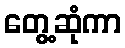
တွေ့ဆုံကာ